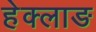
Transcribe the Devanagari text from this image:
हेक्लाङ